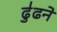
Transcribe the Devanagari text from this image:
ढु॑ढने